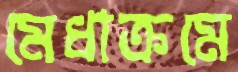
মেধাক্রমে